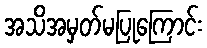
အသိအမှတ်မပြုကြောင်း